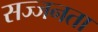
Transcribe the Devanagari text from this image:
सज्‍जनता